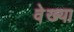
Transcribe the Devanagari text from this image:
वेख्या